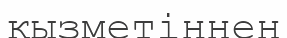
қызметіңнен